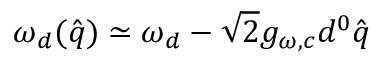
\omega _ { d } ( \hat { q } ) \simeq \omega _ { d } - \sqrt { 2 } g _ { \omega , c } d ^ { 0 } \hat { q }